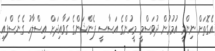
އެގޮތަށް ނިންމީ އުމުރުން ދުވަސްމީ މީހުންގެ އަސާސީ ޕެންޝަންގެ ގަވާއިދަށް އިސްލާހު ގެނެސްފައި